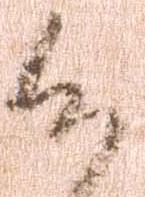
候